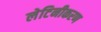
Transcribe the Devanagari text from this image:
लेटिनीकरण